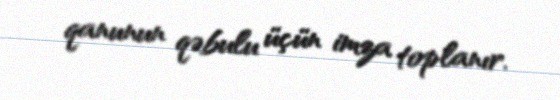
qanunun qəbulu üçün imza toplanır.